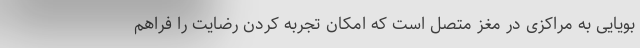
بویایی به مراکزی در مغز متصل است که امکان تجربه کردن رضایت را فراهم